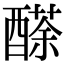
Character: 𨢬